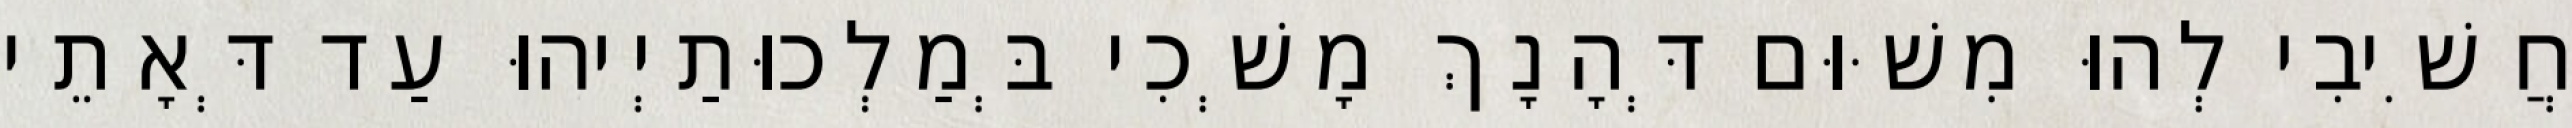
חֲשִׁיבִי לְהוּ מִשּׁוּם דְּהָנָךְ מָשְׁכִי בְּמַלְכוּתַיְיהוּ עַד דְּאָתֵי